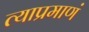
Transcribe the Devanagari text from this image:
त्याप्रमाणं